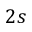
2 s